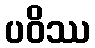
ပဝိဿ